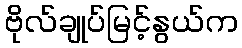
ဗိုလ်ချုပ်မြင့်နွယ်က